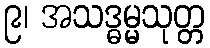
၉၊ အသဒ္ဓမ္မသုတ္တ